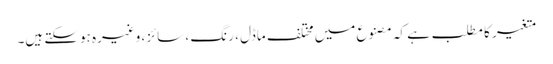
متغیر کا مطلب ہے کہ مصنوع میں مختلف ماڈل ، رنگ ، سائز ، وغیرہ ہوسکتے ہیں۔